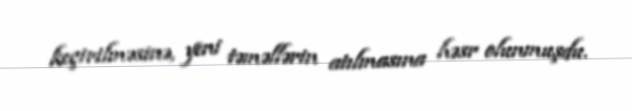
keçirilməsinə, yeni təməllərin atılmasına həsr olunmuşdu.